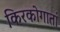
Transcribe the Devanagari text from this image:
किरकोगातां